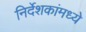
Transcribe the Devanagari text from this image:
निर्देशकांमध्ये